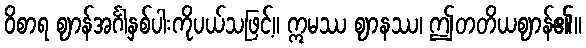
ဝိစာရ ဈာန်အင်္ဂါနှစ်ပါးကိုပယ်သဖြင့်။ ဣမဿ ဈာနဿ၊ ဤတတိယဈာန်၏။